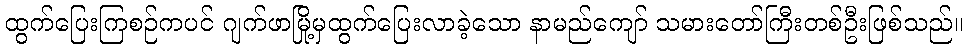
ထွက်ပြေးကြစဉ်ကပင် ဂျက်ဖာမြို့မှထွက်ပြေးလာခဲ့သော နာမည်ကျော် သမားတော်ကြီးတစ်ဦးဖြစ်သည်။